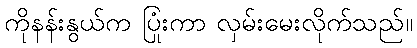
ကိုနန်းနွယ်က ပြုံးကာ လှမ်းမေးလိုက်သည်။